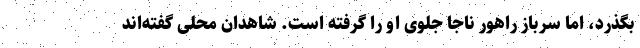
بگذرد، اما سرباز راهور ناجا جلوی او را گرفته است. شاهدان محلی گفته‌اند